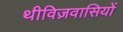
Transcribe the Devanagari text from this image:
थीविज़वासियों